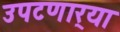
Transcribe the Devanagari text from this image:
उपटणार्‍या